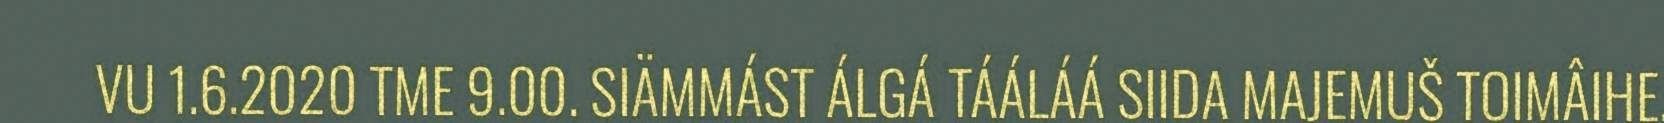
VU 1.6.2020 TME 9.00. SIÄMMÁST ÁLGÁ TÁÁLÁÁ SIIDA MAJEMUŠ TOIMÂIHE.